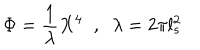
\Phi = \frac { 1 } { \lambda } X ^ { 4 } \; \; , \; \; \lambda = 2 \pi l _ { s } ^ { 2 }